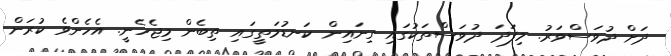
ދަށް ދުވަސްވަރު. މިފަދަ ދުވަސްތަކުގައި ގިނައިން ކަނޑުމަތީގައި ތިބެން މިޖެހެނީ. އެހެންވެ ކުރަން